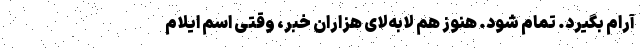
آرام بگیرد. تمام شود. هنوز هم لابه‌لای هزاران خبر، وقتی اسم ایلام